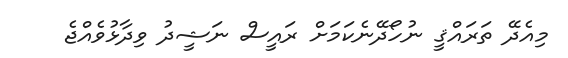
މިއެދޭ ތަރައްޤީ ނުހޯދޭނެކަމަށް ރައީސް ނަޝީދު ވިދާޅުވެއްޖެ